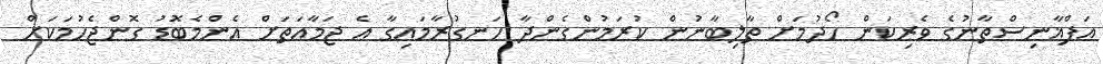
އަފްޣާނިސްތާނުގެ ވެރިކަން ހޯދުމަށް ތާލިބާނުން ކުރަމުންގެންދާ ހަނގުރާމައިގާ އެ ޖަމާއަތަށް އެންމެބޮޑު ގޮންޖެހުމަކަށް